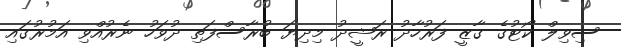
ސިވިލް ކޯޓުގެ ގާޒީ ފަރުހާދު ރަޝީދު މިދިޔަ ބުރާސްފަތި ދުވަހު ނެރުއްވި އަމުރުގައި